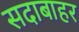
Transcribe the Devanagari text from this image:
सदाबाहर